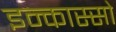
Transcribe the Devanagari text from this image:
इन्कास्सो